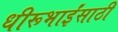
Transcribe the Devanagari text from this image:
धीरूभाईंसाठी